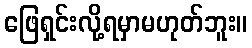
ဖြေရှင်းလို့ရမှာမဟုတ်ဘူး။